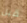
قبل